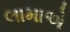
લામાએ